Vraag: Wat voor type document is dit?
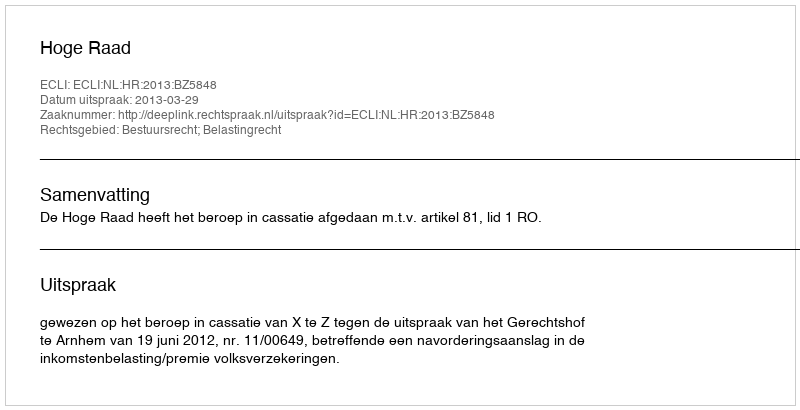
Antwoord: Uitspraak